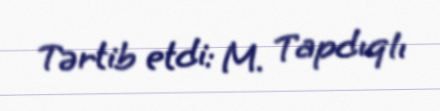
Tərtib etdi: M. Tapdıqlı